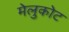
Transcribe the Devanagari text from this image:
मेलुकोट